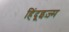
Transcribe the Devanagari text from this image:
हिंदूइज़्म